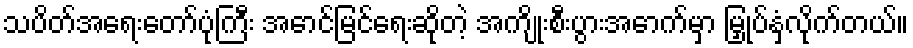
သပိတ်အရေးတော်ပုံကြီး အောင်မြင်ရေးဆိုတဲ့ အကျိုးစီးပွားအောက်မှာ မြှုပ်နှံလိုက်တယ်။